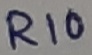
Text: R10